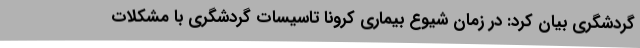
گردشگری بیان کرد: در زمان شیوع بیماری کرونا تاسیسات گردشگری با مشکلات